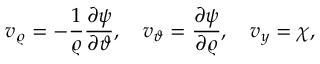
v _ { \varrho } = - \frac { 1 } { \varrho } \frac { \partial \psi } { \partial \vartheta } , \quad v _ { \vartheta } = \frac { \partial \psi } { \partial \varrho } , \quad v _ { y } = \chi ,